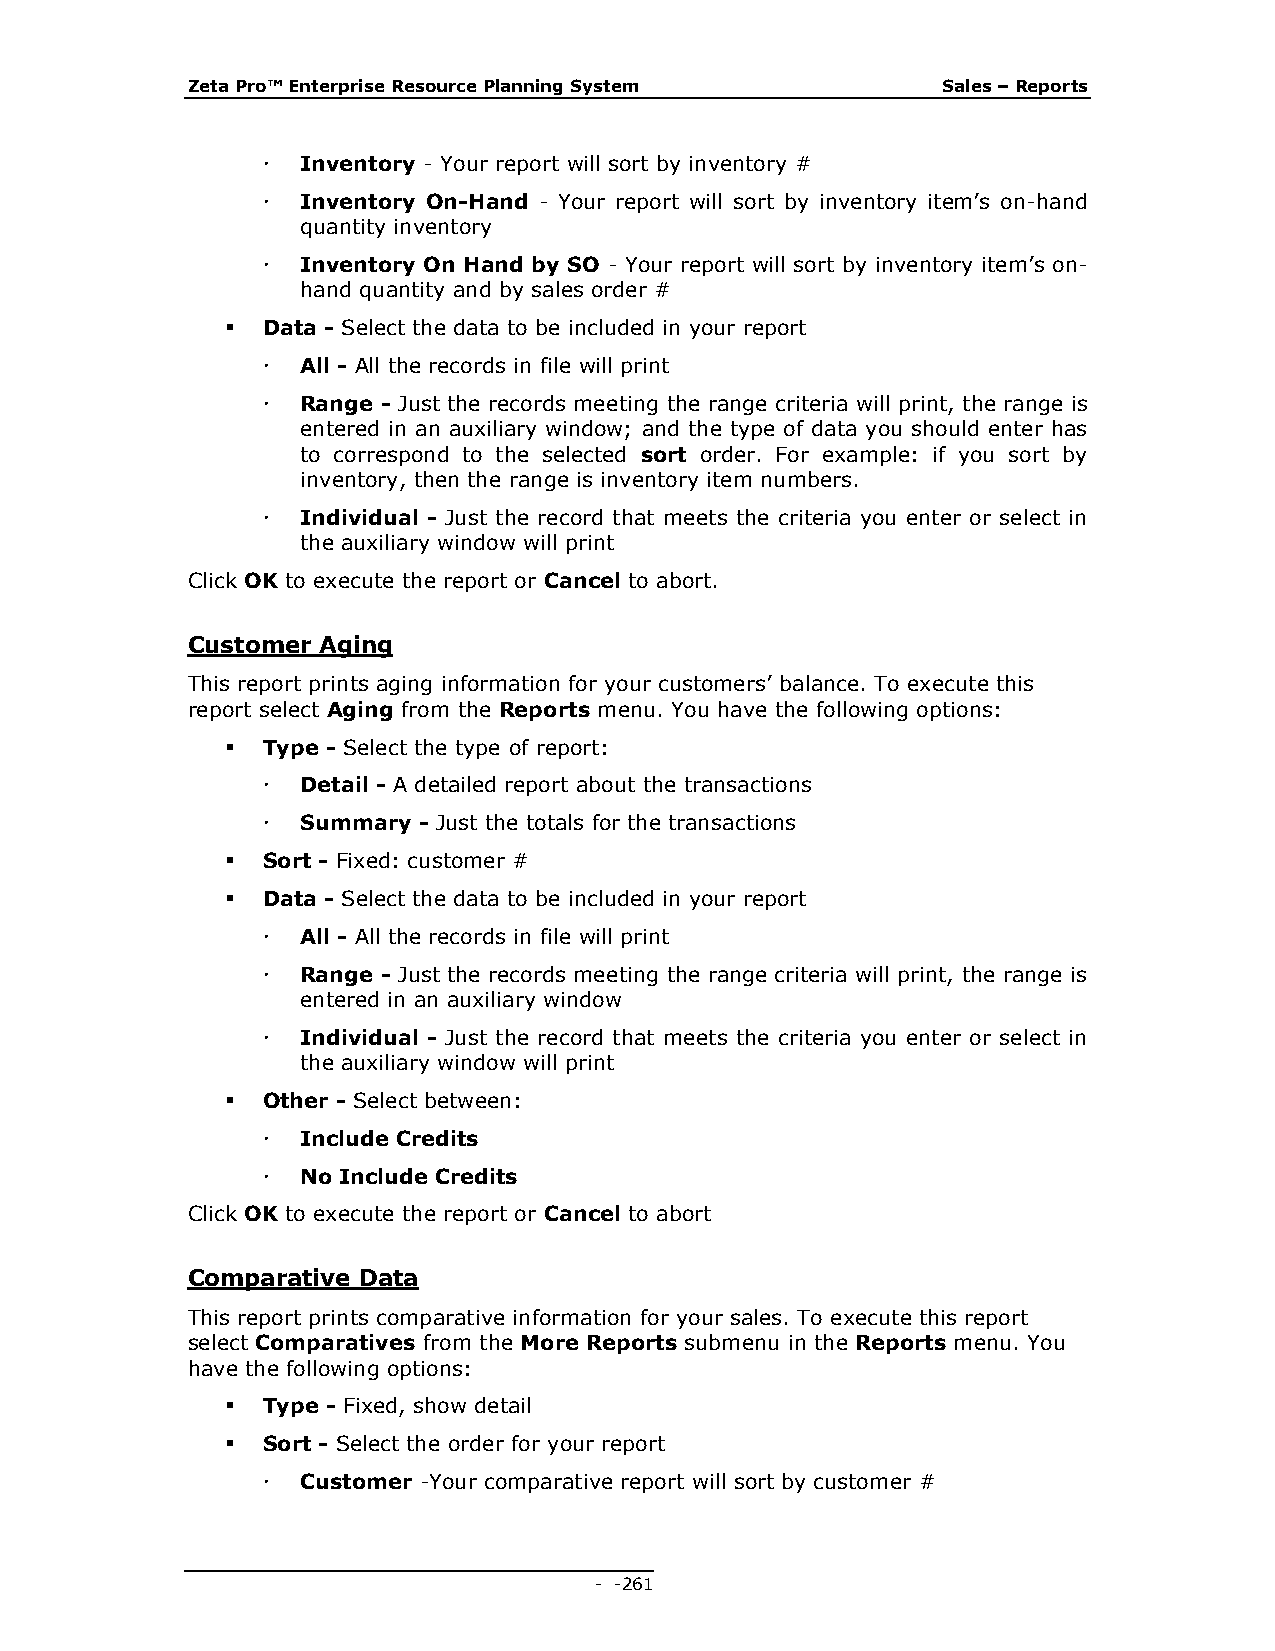
Zeta Pro™ Enterprise Resource Planning System     Sales – Reports
   Inventory - Your report will sort by inventory #
   Inventory On-Hand - Your report will sort by inventory item’s on-hand
 quantity inventory
   Inventory On Hand by SO - Your report will sort by inventory item’s on-
 hand quantity and by sales order #
  Data - Select the data to be included in your report
   All - All the records in file will print
   Range - Just the records meeting the range criteria will print, the range is
 entered in an auxiliary window; and the type of data you should enter has
 to correspond to the selected sort order. For example: if you sort by
 inventory, then the range is inventory item numbers.
   Individual - Just the record that meets the criteria you enter or select in
 the auxiliary window will print
 Click OK to execute the report or Cancel to abort.
 Customer Aging
 This report prints aging information for your customers’ balance. To execute this
 report select Aging from the Reports menu. You have the following options:
  Type - Select the type of report:
   Detail - A detailed report about the transactions
   Summary - Just the totals for the transactions
  Sort - Fixed: customer #
  Data - Select the data to be included in your report
   All - All the records in file will print
   Range - Just the records meeting the range criteria will print, the range is
 entered in an auxiliary window
   Individual - Just the record that meets the criteria you enter or select in
 the auxiliary window will print
  Other - Select between:
   Include Credits
   No Include Credits
 Click OK to execute the report or Cancel to abort
 Comparative Data
 This report prints comparative information for your sales. To execute this report
 select Comparatives from the More Reports submenu in the Reports menu. You
 have the following options:
  Type - Fixed, show detail
  Sort - Select the order for your report
   Customer -Your comparative report will sort by customer #
 - - 261